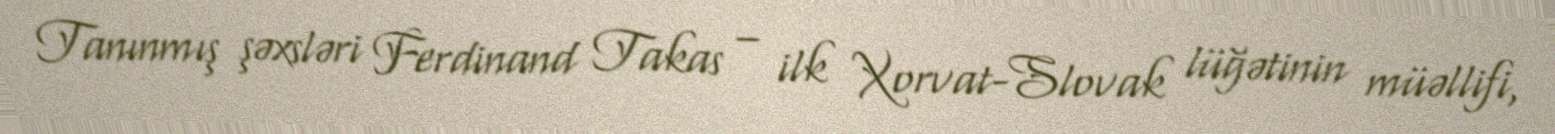
Tanınmış şəxsləri Ferdinand Takas – ilk Xorvat-Slovak lüğətinin müəllifi,